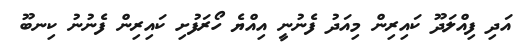
އަދި ފިއްލަދޫ ކައިރިން މިއަދު ފެނުނީ އިއްޔެ ހޯރަފުށި ކައިރިން ފެނުނު ކިނބޫ